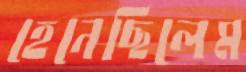
হেনেছিলেম